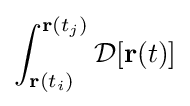
\int _{\mathbf {r} (t_{i})}^{\mathbf {r} (t_{j})}{\mathcal {D}}[\mathbf {r} (t)]